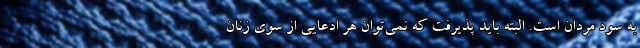
به سود مردان است. البته بايد پذيرفت كه نمي‌توان هر ادعایی از سوی زنان